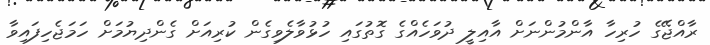
ރާއްޖޭގެ ހުރިހާ އާންމުންނަށް އާއިލީ ދުވަހެއްގެ ގޮތުގައި ހުޅުވާލެވިގެން ކުރިއަށް ގެންދިޔުމަށް ހަމަޖެހިފައިވާ